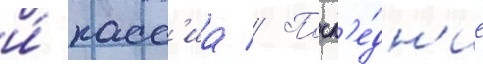
и́ касс'иа // Посл'е́дн'ие